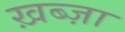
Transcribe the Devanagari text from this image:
ख़ब्ज़ा